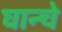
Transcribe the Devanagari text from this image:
घान्चे